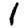
Digit: 1